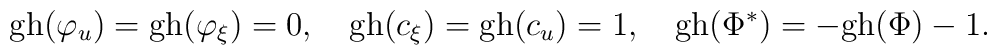
\hbox{gh}(\varphi_u)=\hbox{gh}(\varphi_\xi)=0, \quad \hbox{gh}(c_\xi)=\hbox{gh}(c_u)=1,\quad \hbox{gh}(\Phi^*)=-\hbox{gh}(\Phi)-1.